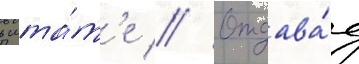
в шта́т'е // Отдава́я